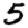
Digit: 5